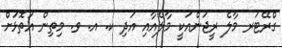
ގްރޭޓަރ މާލެ ރީޖަންއަކީ މާލެއާއި އަދި ކ. އ. ވ. މިތިން އަތޮޅަށް